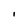
Character: l